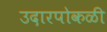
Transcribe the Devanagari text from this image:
उदारपोकळी